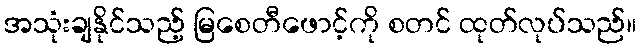
အသုံးချနိုင်သည့် မြစေတီဖောင့်ကို စတင် ထုတ်လုပ်သည်။